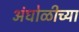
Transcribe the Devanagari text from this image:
अंघोळीच्या